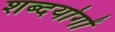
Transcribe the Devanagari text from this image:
शब्दयोगों